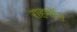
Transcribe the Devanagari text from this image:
राहमॉन